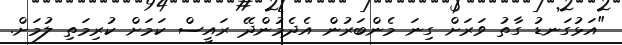
"އަޅުގަނޑު ގާތު ވަރަށް ގިނަ މެންބަރުން އެދެމުންދޭ ރައީސް ކަމަށް ކުރިމަތި ލުމަށް.